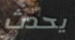
يحدث